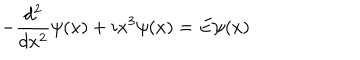
- \frac { d ^ { 2 } } { d x ^ { 2 } } \psi ( x ) + i x ^ { 3 } \psi ( x ) = E \psi ( x )